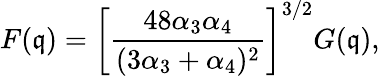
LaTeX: F(\mathfrak{q})=\left[\frac{{48\alpha_{3}\alpha_{4}}}{{(3\alpha_{3}+\alpha_{4})^{2}}}\right]^{3/2}G(\mathfrak{q}),